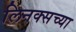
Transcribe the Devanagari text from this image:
लिनक्सच्या